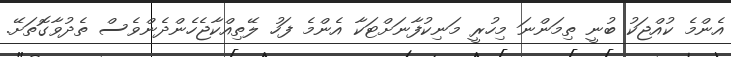
އެންމެ ކުއްޖަކު ބުނީ ތިމަންނަ މިހުރީ މަނިކުފާނަށްޓަކާ އެންމެ ފަހު ލޭތިއްކާޖެހެންދެންވެސް ތެދުވާގޮތަށޭ.